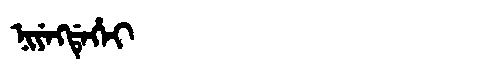
Manchu: ᠨᡳᠶᡝᡴᡩᡝᡥᡝᡳ
Romanization: NIYEKDEHEI